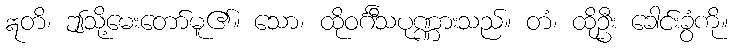
ဣတိ၊ ဤသို့မေးတော်မူ၏။ သော၊ ထိုဝင်္ဂီသပုဏ္ဏားသည်။ တံ၊ ထိုဦး ခေါင်းခွံကို။